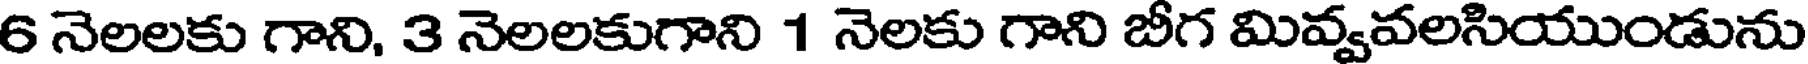
6 నెలలకు గాని, 3 నెలలకుగాని 1 నెలకు గాని బీగ మివ్వవలసియుండును